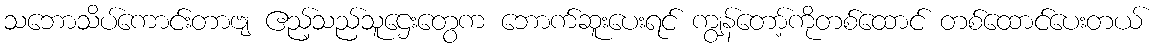
သဘောသိပ်ကောင်းတာဗျ ဧည့်သည်သူဌေးတွေက ဘောက်ဆူးပေးရင် ကျွန်တော့်ကိုတစ်ထောင် တစ်ထောင်ပေးတယ်